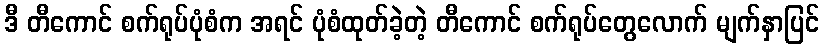
ဒီ တီကောင် စက်ရုပ်ပုံစံက အရင် ပုံစံထုတ်ခဲ့တဲ့ တီကောင် စက်ရုပ်တွေလောက် မျက်နှာပြင်